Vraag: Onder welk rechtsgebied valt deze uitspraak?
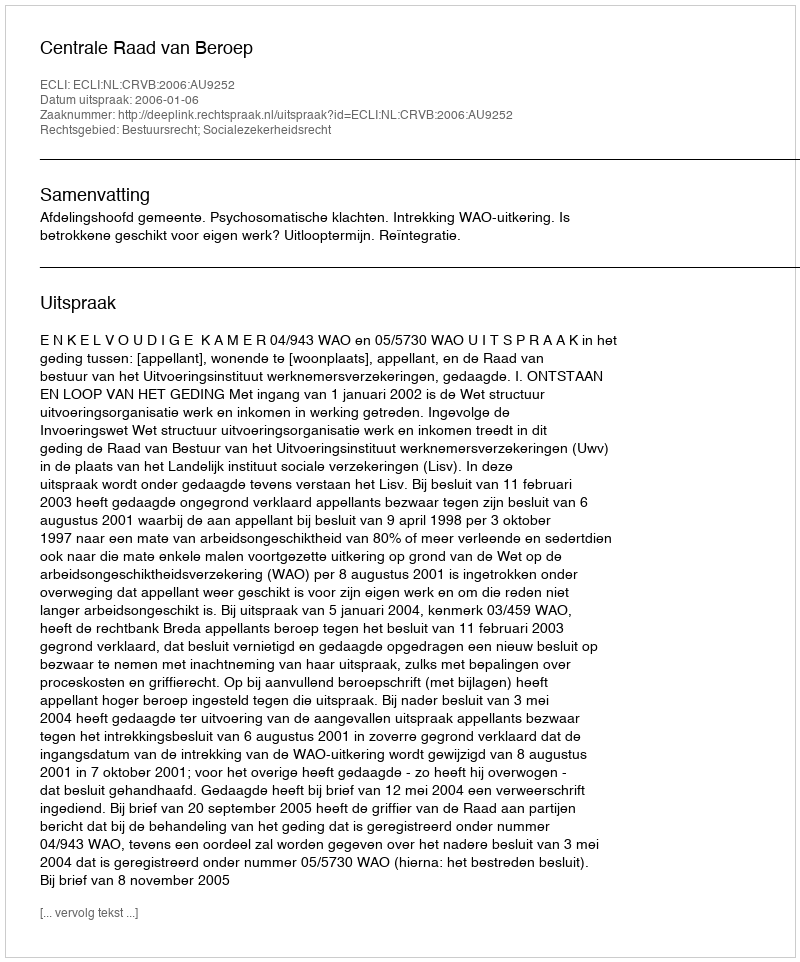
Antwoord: Bestuursrecht; Socialezekerheidsrecht